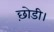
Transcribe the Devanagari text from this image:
छ़ोडी।